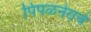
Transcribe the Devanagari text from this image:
पिंपळनेराचे